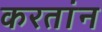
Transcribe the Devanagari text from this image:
करतांन